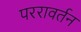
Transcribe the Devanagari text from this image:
पररावर्तन